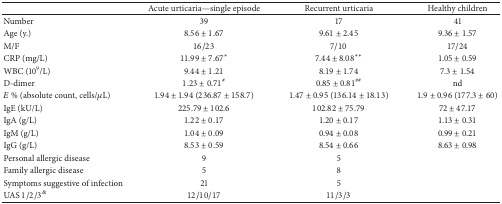
|  | Acute urticaria—single episode | Recurrent urticaria | Healthy children |
 | --- | --- | --- | --- |
 | Number | 39 | 17 | 41 |
 | Age (y.) | 8.56 ± 1.67 | 9.61 ± 2.45 | 9.36 ± 1.57 |
 | M/F | 16/23 | 7/10 | 17/24 |
 | CRP (mg/L) | 11.99 ± 7.67* | 7.44 ± 8.08** | 1.05 ± 0.59 |
 | WBC (109/L) | 9.44 ± 1.21 | 8.19 ± 1.74 | 7.3 ± 1.54 |
 | D-dimer | 1.23 ± 0.71# | 0.85 ± 0.81## | nd |
 | E % (absolute count, cells/μL) | 1.94 ± 1.94 (236.87 ± 158.7) | 1.47 ± 0.95 (136.14 ± 18.13) | 1.9 ± 0.96 (177.3 ± 60) |
 | IgE (kU/L) | 225.79 ± 102.6 | 102.82 ± 75.79 | 72 ± 47.17 |
 | IgA (g/L) | 1.22 ± 0.17 | 1.20 ± 0.17 | 1.13 ± 0.31 |
 | IgM (g/L) | 1.04 ± 0.09 | 0.94 ± 0.08 | 0.99 ± 0.21 |
 | IgG (g/L) | 8.53 ± 0.59 | 8.54 ± 0.66 | 8.63 ± 0.98 |
 | Personal allergic disease | 9 | 5 |  |
 | Family allergic disease | 5 | 8 |  |
 | Symptoms suggestive of infection | 21 | 5 |  |
 | UAS 1/2/3& | 12/10/17 | 11/3/3 |  |